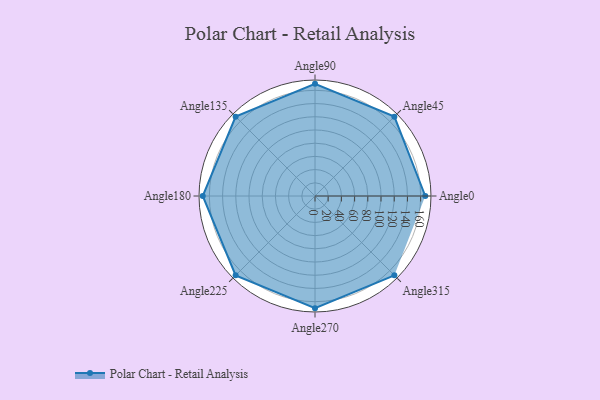
{"axis": {"x": "Angle", "y": "Radius"}, "legend": [""], "data": [{"x": "Angle0", "y": 167.0, "type": ""}, {"x": "Angle45", "y": 170, "type": ""}, {"x": "Angle90", "y": 170, "type": ""}, {"x": "Angle135", "y": 170, "type": ""}, {"x": "Angle180", "y": 170, "type": ""}, {"x": "Angle225", "y": 170, "type": ""}, {"x": "Angle270", "y": 170, "type": ""}, {"x": "Angle315", "y": 170, "type": ""}]}